Malaria in India - Number 2
Disease focus: Malaria
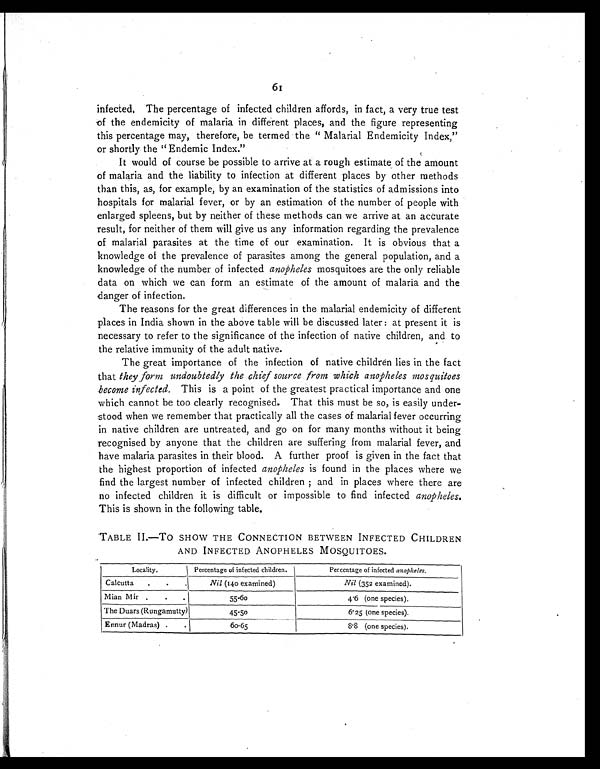
61
infected. The percentage of infected children affords, in fact, a very true test
of the endemicity of malaria in different places, and the figure representing
this percentage may, therefore, be termed the "Malarial Endemicity Index,"
or shortly the "Endemic Index."
It would of course be possible to arrive at a rough estimate of the amount
of malaria and the liability to infection at different places by other methods
than this, as, for example, by an examination of the statistics of admissions into
hospitals for malarial fever, or by an estimation of the number of people with
enlarged spleens, but by neither of these methods can we arrive at an accurate
result, for neither of them will give us any information regarding the prevalence
of malarial parasites at the time of our examination. It is obvious that a
knowledge of the prevalence of parasites among the general population, and a
knowledge of the number of infected anopheles mosquitoes are the only reliable
data on which we can form an estimate of the amount of malaria and the
danger of infection.
The reasons for the great differences in the malarial endemicity of different
places in India shown in the above table will be discussed later: at present it is
necessary to refer to the significance of the infection of native children, and to
the relative immunity of the adult native.
The great importance of the infection of native children lies in the fact
that they form undoubtedly the chief source from which anopheles mosquitoes
become infected. This is a point of the greatest practical importance and one
which cannot be too clearly recognised. That this must be so, is easily under
-
stood when we remember that practically all the cases of malarial fever occurring
in native children are untreated, and go on for many months without it being
recognised by anyone that the children are suffering from malarial fever, and
have malaria parasites in their blood. A further proof is given in the fact that
the highest proportion of infected anopheles is found in the places where we
find the largest number of infected children; and in places where there are
no infected children it is difficult or impossible to find infected anopheles.
This is shown in the following table.
TABLE II.—TO SHOW THE CONNECTION BETWEEN INFECTED CHILDREN
AND INFECTED ANOPHELES MOSQUITOES.
Locality. Percentage of infected children.
Percentage of infected a n o p h e l e s .
Calcutta
Nil (140 examined)
Nil ( 3 5 2 e x a m i n e d ) .
Mian Mir
55-60
4 . 6 ( o n e s p e c i e s ) .
The Duars (Rungamutty)
45-50
6 . 2 5 ( o n e s p e c i e s ) .
Ennur (Madras)
60-65
8 . 8 ( o n e s p e c i e s ) .